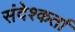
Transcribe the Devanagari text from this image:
संदेश्कर्ता